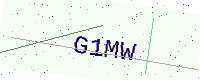
Text: G1MW